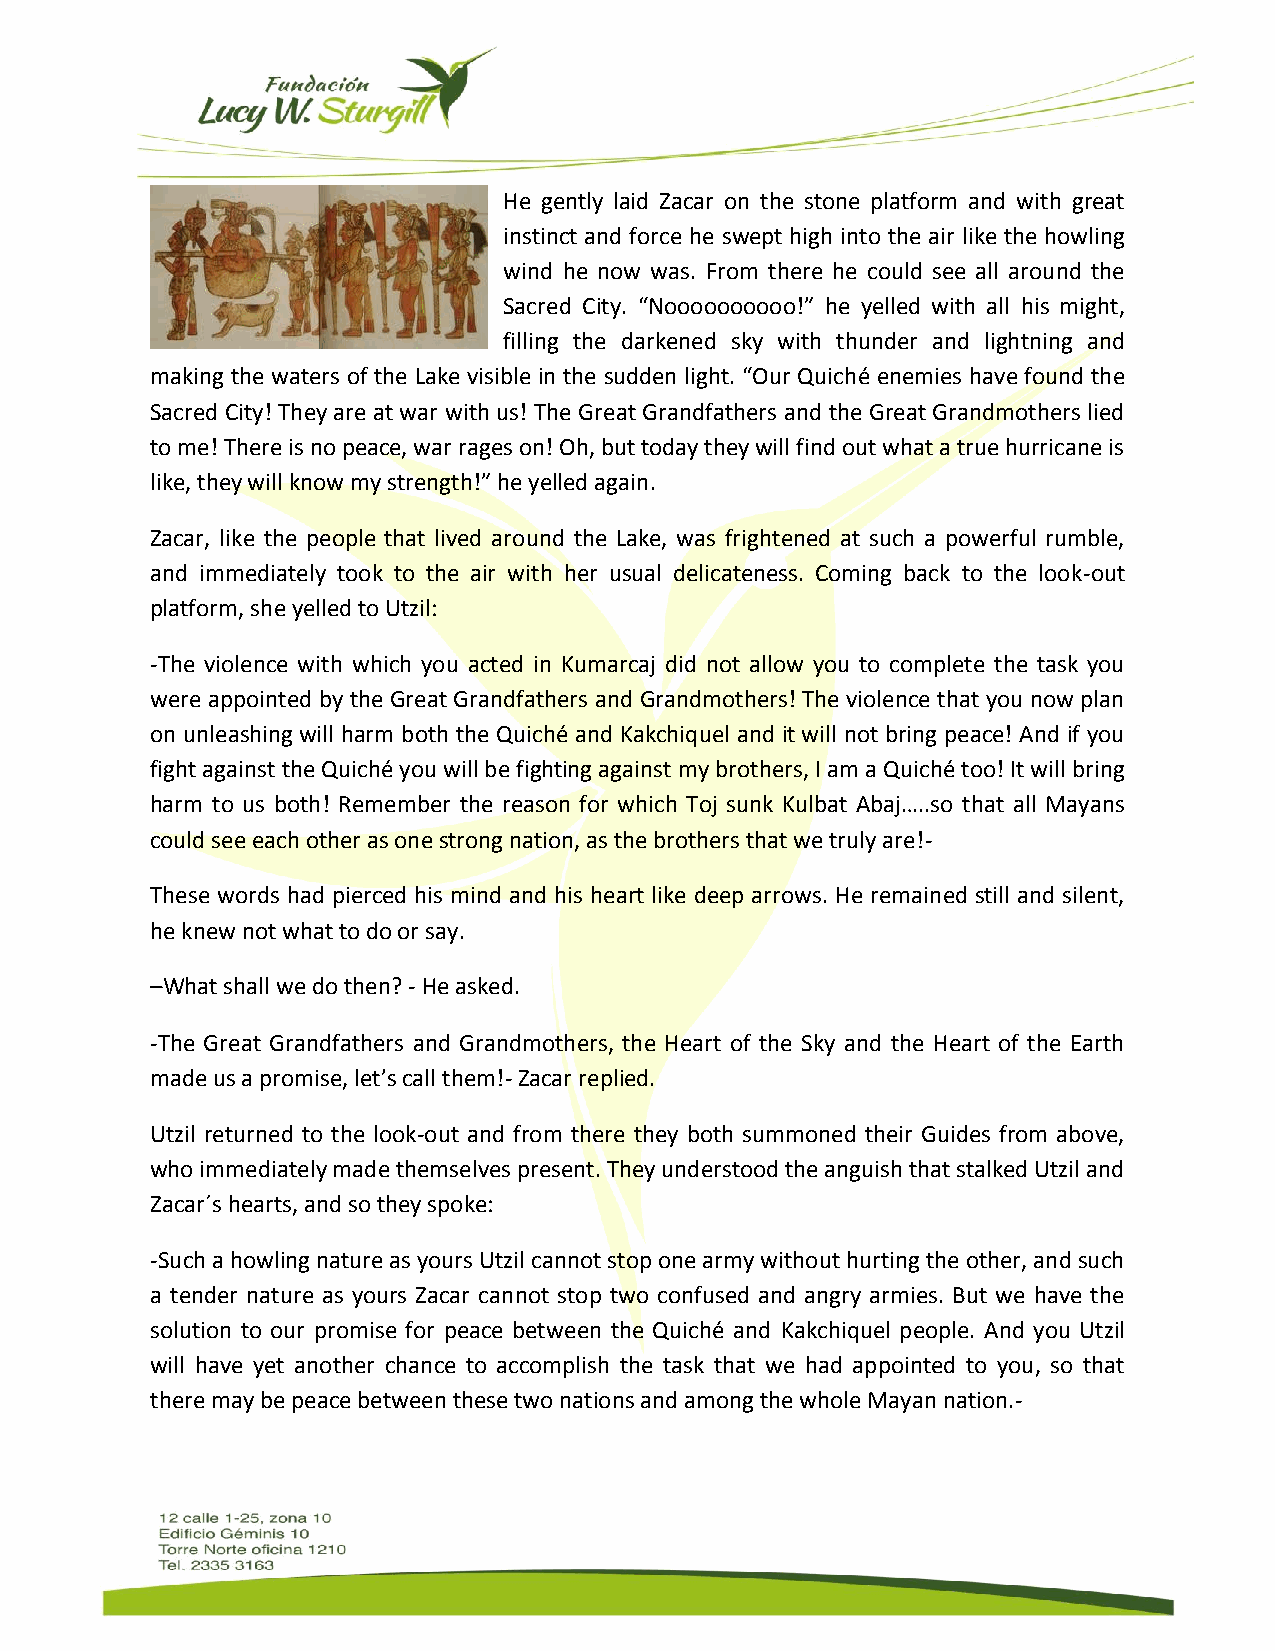
He gently laid Zacar on the stone platform and with great
 instinct and force he swept high into the air like the howling
 wind he now was. From there he could see all around the
 Sacred City. “Noooooooooo!” he yelled with all his might,
 filling the darkened sky with thunder and lightning and
 making the waters of the Lake visible in the sudden light. “Our Quiché enemies have found the
 Sacred City! They are at war with us! The Great Grandfathers and the Great Grandmothers lied
 to me! There is no peace, war rages on! Oh, but today they will find out what a true hurricane is
 like, they will know my strength!” he yelled again.
 Zacar, like the people that lived around the Lake, was frightened at such a powerful rumble,
 and immediately took to the air with her usual delicateness. Coming back to the look-out
 platform, she yelled to Utzil:
 -The violence with which you acted in Kumarcaj did not allow you to complete the task you
 were appointed by the Great Grandfathers and Grandmothers! The violence that you now plan
 on unleashing will harm both the Quiché and Kakchiquel and it will not bring peace! And if you
 fight against the Quiché you will be fighting against my brothers, I am a Quiché too! It will bring
 harm to us both! Remember the reason for which Toj sunk Kulbat Abaj…..so that all Mayans
 could see each other as one strong nation, as the brothers that we truly are!-
 These words had pierced his mind and his heart like deep arrows. He remained still and silent,
 he knew not what to do or say.
 –What shall we do then? - He asked.
 -The Great Grandfathers and Grandmothers, the Heart of the Sky and the Heart of the Earth
 made us a promise, let’s call them!- Zacar replied.
 Utzil returned to the look-out and from there they both summoned their Guides from above,
 who immediately made themselves present. They understood the anguish that stalked Utzil and
 Zacar´s hearts, and so they spoke:
 -Such a howling nature as yours Utzil cannot stop one army without hurting the other, and such
 a tender nature as yours Zacar cannot stop two confused and angry armies. But we have the
 solution to our promise for peace between the Quiché and Kakchiquel people. And you Utzil
 will have yet another chance to accomplish the task that we had appointed to you, so that
 there may be peace between these two nations and among the whole Mayan nation.-